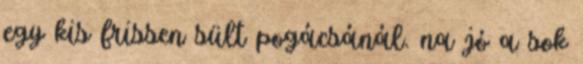
egy kis frissen sült pogácsánál. na jó a sok